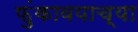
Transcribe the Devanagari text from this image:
फुंकावयाच्या